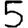
Digit: 5